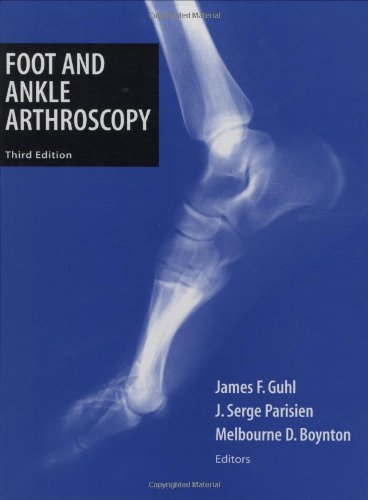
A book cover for Foot and Ankle Arthroscopy; Medical Books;